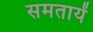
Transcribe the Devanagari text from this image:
समतायें